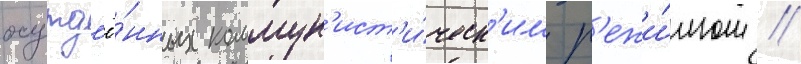
осужд'ё́нных коммун'ист'и́ческ'им р'ежи́мом //